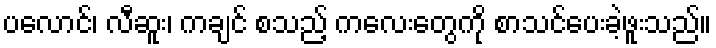
ပလောင်၊ လီဆူး၊ ကချင် စသည့် ကလေးတွေကို စာသင်ပေးခဲ့ဖူးသည်။